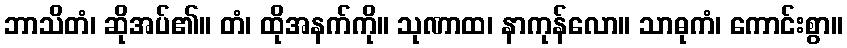
ဘာသိတံ၊ ဆိုအပ်၏။ တံ၊ ထိုအနက်ကို။ သုဏာထ၊ နာကုန်လော။ သာဓုကံ၊ ကောင်းစွာ။